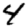
Digit: 4